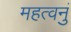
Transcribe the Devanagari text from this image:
महत्वनुं